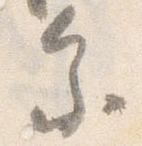
参